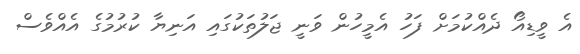
އެ ވީޑިއޯ ދެއްކުމަށް ފަހު އެމީހުން ވަނީ ޖަލުތަކުގައި އަނިޔާ ކުރުމުގެ އެއްވެސް